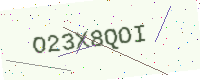
Text: O23X8QOI